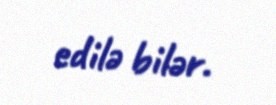
edilə bilər.